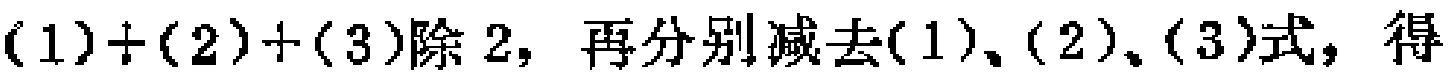
$(1)+(2)+(3)\text{除 }2\text{，再分别减去}(1)\text{、}(2)\text{、}(3)\text{式，得}$